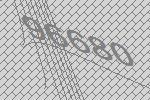
96680